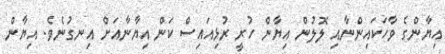
އިޔާންގެ ވާހަކައިންނާއި ލޮލުން އިޔާން ހުރީ ރުޅިއައިސް ކަން އިޔާނާއަށް އިނގުނެވެ. އިޔާން